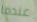
عندما